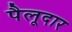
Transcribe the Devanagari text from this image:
पैलूदार